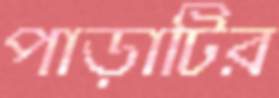
পাড়াটির